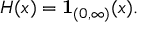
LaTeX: H ( x ) = \mathbf { 1 } _ { ( 0 , \infty ) } ( x ) .